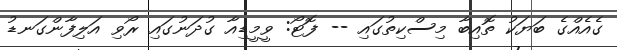
ގެއެއްގެ ބަޔަކު ތޮއިބާ މިސްކިތުގައި -- ފޮޓޯ: ވީމީޑިއާ ގުދަނުގައި ރޯވި އަލިފާންގަނޑު